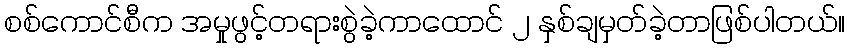
စစ်ကောင်စီက အမှုဖွင့်တရားစွဲခဲ့ကာထောင် ၂ နှစ်ချမှတ်ခဲ့တာဖြစ်ပါတယ်။